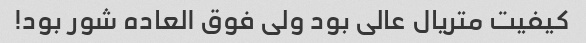
کیفیت متریال عالی بود ولی فوق العاده شور بود!